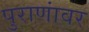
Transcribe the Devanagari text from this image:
पुराणांवर